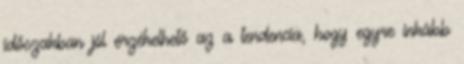
időszakban jól érzékelhető az a tendencia, hogy egyre inkább